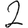
Digit: 2